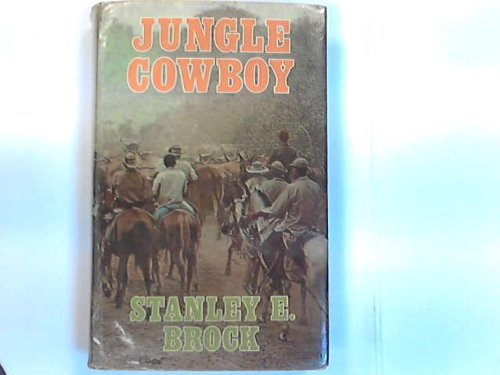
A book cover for Jungle Cowboy; Stanley E. Brock; Travel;